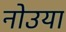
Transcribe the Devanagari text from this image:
नोउया